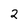
Character: 2